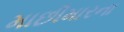
માછીમારના